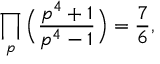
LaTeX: \prod _ { p } { \Big ( } { \frac { p ^ { 4 } + 1 } { p ^ { 4 } - 1 } } { \Big ) } = { \frac { 7 } { 6 } } ,